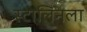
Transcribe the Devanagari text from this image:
स्टालिनला